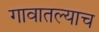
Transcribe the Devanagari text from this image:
गावातल्याच